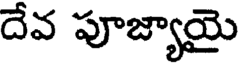
దేవ పూజ్యాయై